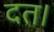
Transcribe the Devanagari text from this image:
दत।